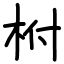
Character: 柎